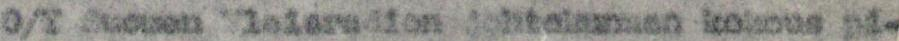
O/Y Suomen Yleisradion johtokunnan kokous pi-